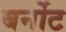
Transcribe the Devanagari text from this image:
बर्नोट